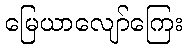
မြေယာလျော်ကြေး